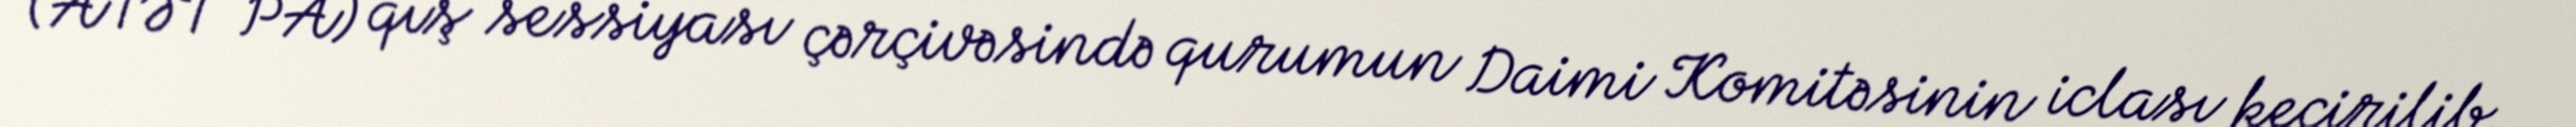
(ATƏT PA) qış sessiyası çərçivəsində qurumun Daimi Komitəsinin iclası keçirilib.